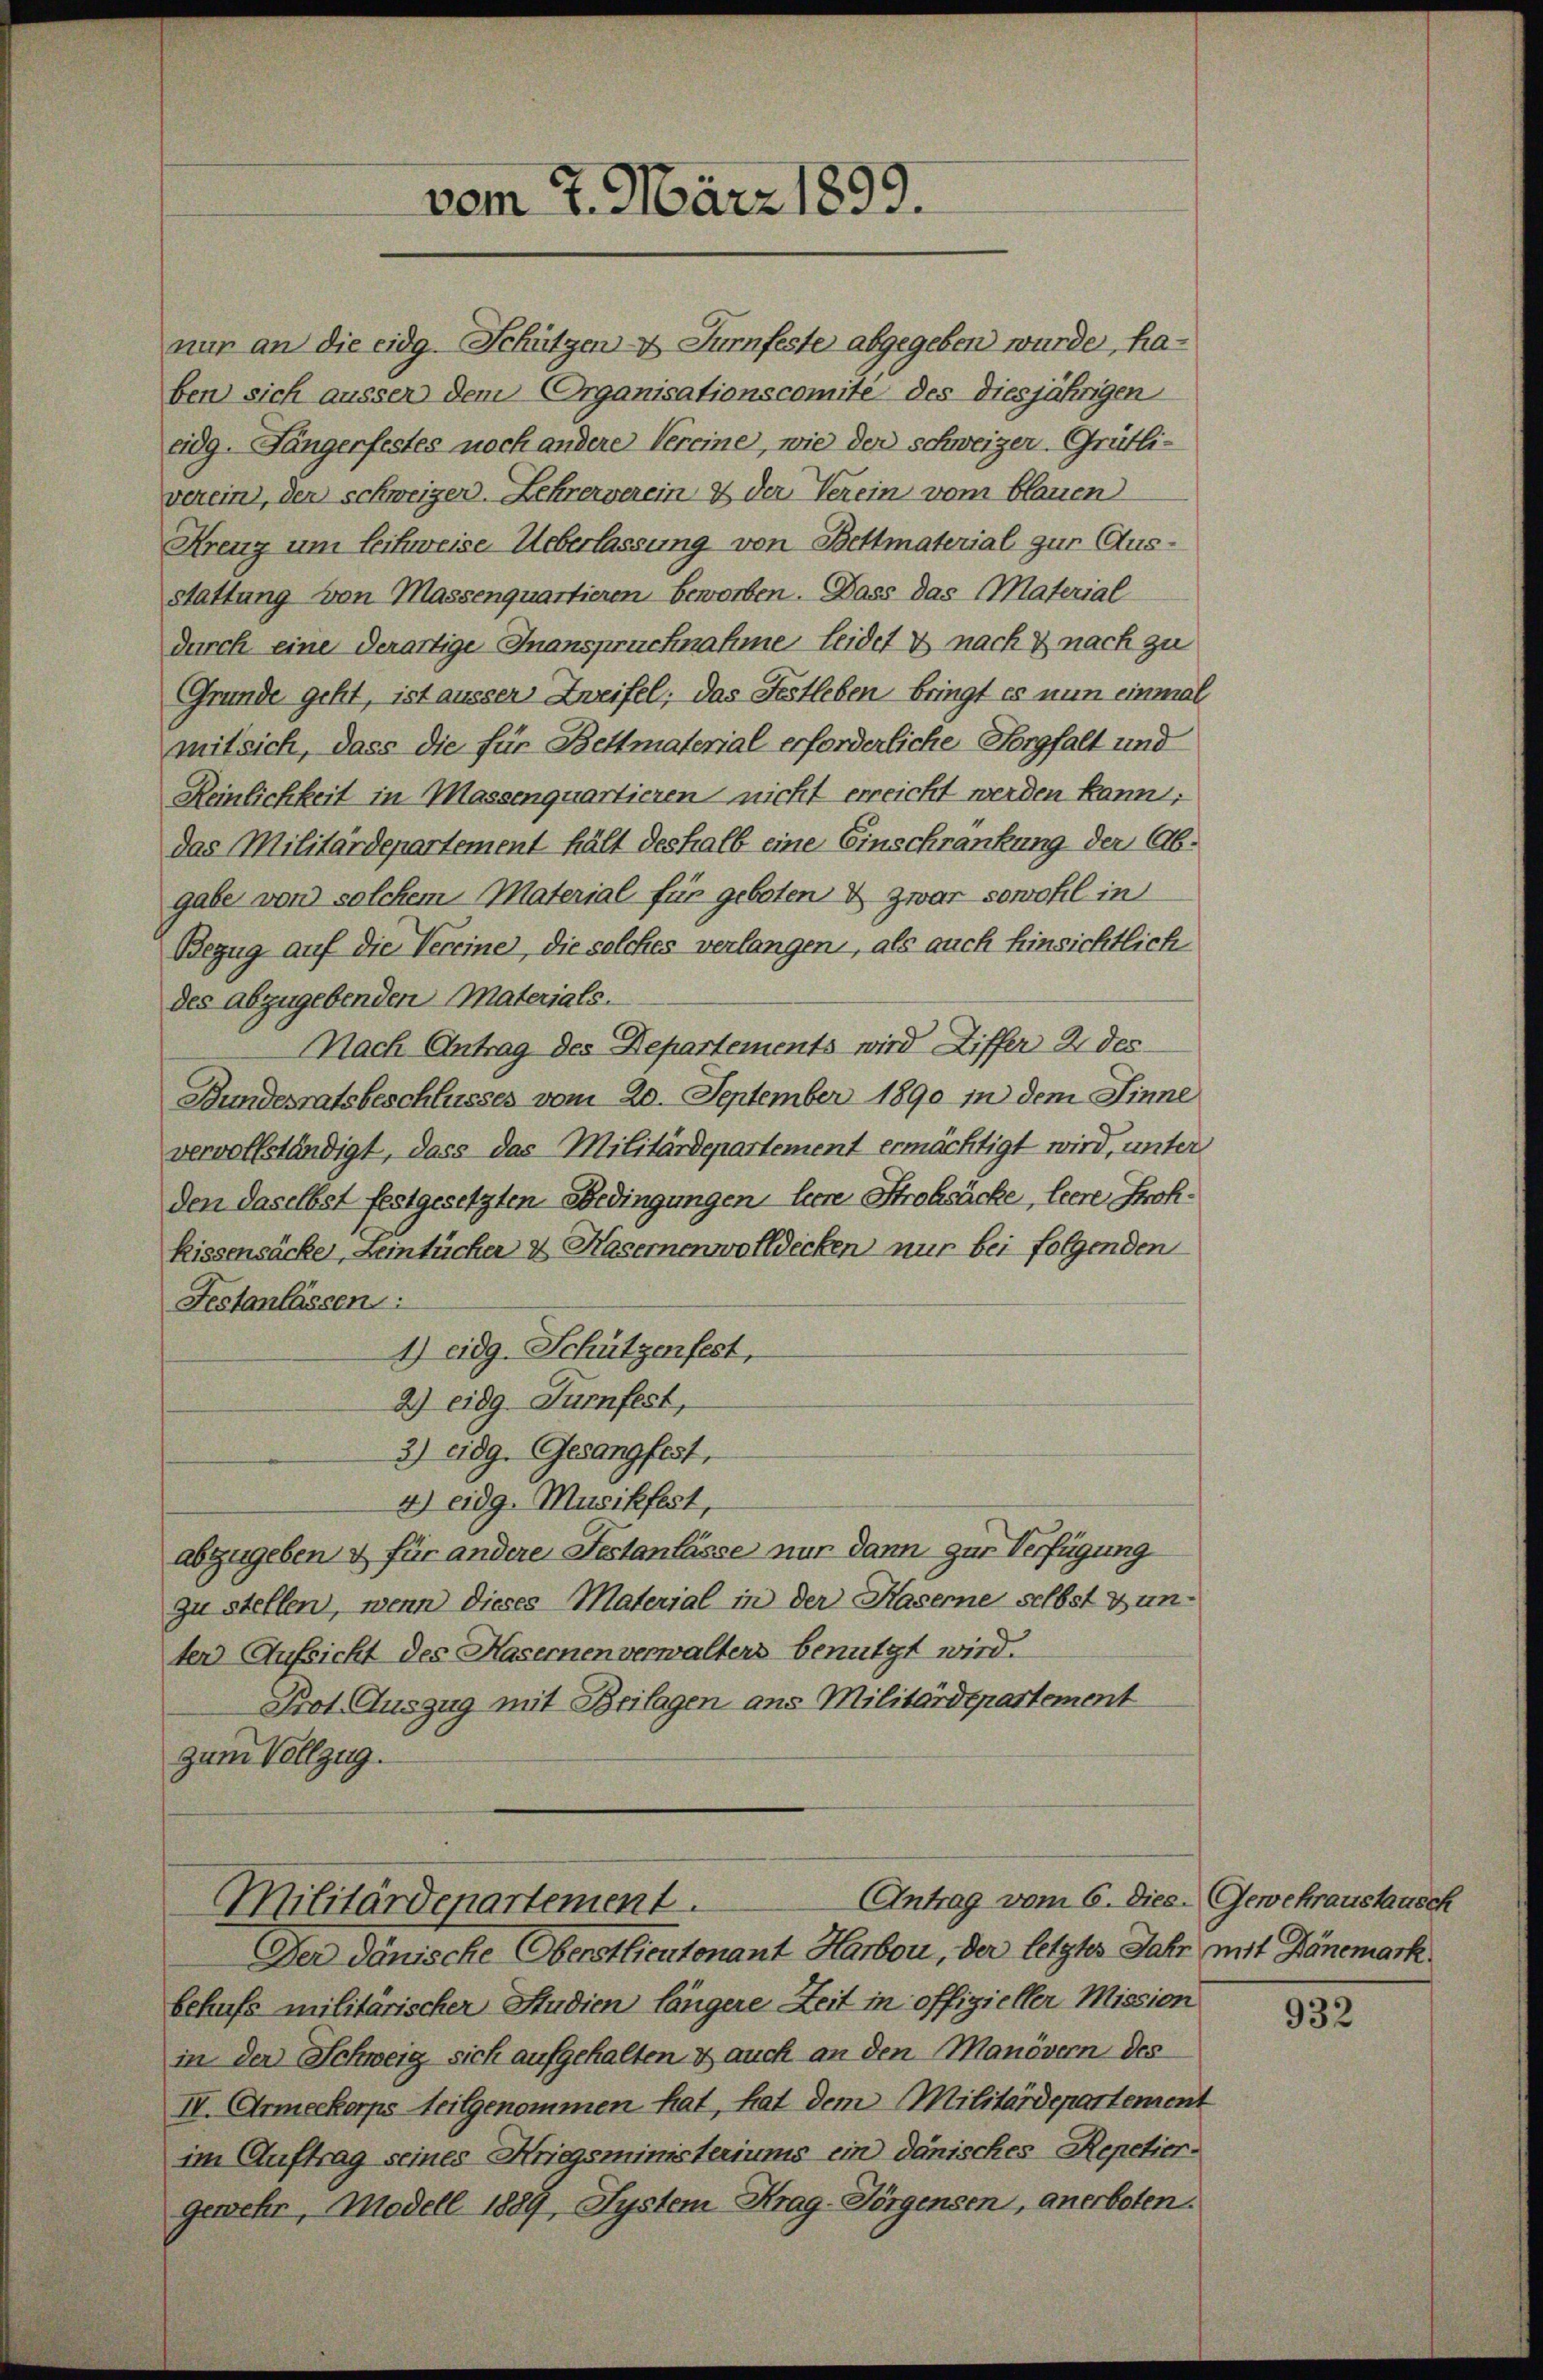
nur an die eidg. Schützen- & Turnfeste abgegeben wurde, haben sich äusser dem Organisationscomite des diesjährigen
eidg. Jängerfestes noch andere Vereine, wie der schweizer. Grütli-
verein, der schweizer. Lehrerverein & der Verein vom blauen
Kreuz um Leihweise Ueberlassung von Bettmaterial zur Ausstattung von Massenquartieren beworben. Dass das Material
durch eine derartige Inanspruchnahme Leidet & nach & nach zu
Grunde geht, ist äusser Zweifel, das Festleben bringt es nun einmal
mitsich, dass die für Bettmaterial erforderliche Horgfalt und
Reinlichkeit in Massenquartieren nicht erreicht werden kann;
das Militärdepartement hält deshalb eine Einschrankung der Abgabe von solchem Material für geboten & zwar sowohl in
Bezug auf die Vereine, die solches verlangen, als auch hinsichtlich
des abzugebenden Materials.
Nach Antrag des Departements wird Ziffer 2 des
Bundesratsbeschlusses vom 20. September 1890 in dem Sinne
vervollständigt, dass das Militärdepartement ermächtigt wird, unter
den daselbst festgesetzten Bedingungen here Strohsäcke, leere Stroh¬
Rissensäcker, Leintücher & Kasernenwolldecken nur bei folgenden
Festanlassen:
1) eidg. Schützenfest,
2.) eidg Turnfest,
2) eidg. Gesangfest,
4) eidg. Musikfest,
abzugeben & für andere Festanlässe nur dann zur Verfügung
zu stellen, wenn dieses Material in der Kaserne selbst zun-
ter Aufsicht des Hasernen verwalters benutzt wird.
Prot. Auszug mit Beilagen aus Militärdepartement
zum Vollzug.

vom 7. März 1899.

Militärdenartement
Der Dänische Oberstlieutenant Harbon, der letztes Jahr mit Hänemark

behufs militärischer Studien längere Zeit in offizieller Mission
in den Schweig sich aufgehalten & auch an den Manövern des
IV. Armeekorps Teilgenommen hat, hat dem Militärdepartement
im Auftrag seines Kriegsministeriums ein danisches Repetiergewehr, Modell 1889, System Krag-Törgensen, anerboten.

Antrag vom 6. Dies. Gewehraustausch

932